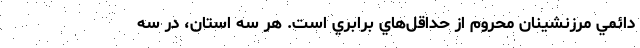
دائمي مرزنشينان محروم از حداقل‌هاي برابري است. هر سه استان، در سه